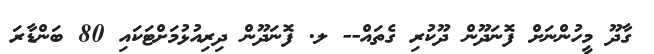
ގާދޫ މީހުންނަށް ފޮނަދޫން ދޫކުރި ގެތައް-- ލ. ފޮނަދޫން ދިރިއުޅުމަށްޓަކައި 80 ބަންޑާރަ